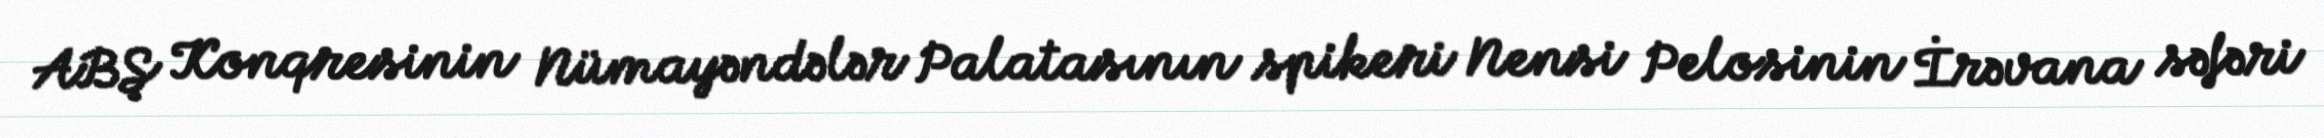
ABŞ Konqresinin Nümayəndələr Palatasının spikeri Nensi Pelosinin İrəvana səfəri